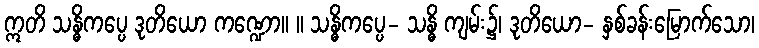
ဣတိ သန္ဓိကပ္ပေ ဒုတိယော ကဏ္ဍော။ ။ သန္ဓိကပ္ပေ- သန္ဓိ ကျမ်း၌၊ ဒုတိယော- နှစ်ခန်းမြောက်သော၊